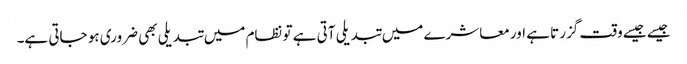
جیسے جیسے وقت گزرتا ہے اور معاشرے میں تبدیلی آتی ہے تو نظام میں تبدیلی بھی ضروری ہو جاتی ہے۔